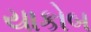
યાકોબ